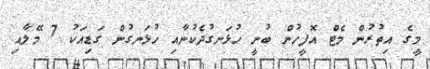
މީގެ އިތުރުން މެޓް އޮފީހުން ބުނީ ހުޅަނގުދެކުނާއި ހުޅަނގުން ގަޑިއަކު 7 މޭލާއި